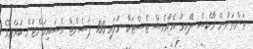
ތަންތަނުން މާކްސް ދޭއިރު އެއްވެސް ޓެސްޓަކާ ނުލައި 100 ޕަސެންޓް އެސައިމަންޓުން ކުއްޖާގެ